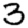
Digit: 3